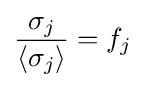
{\frac {\sigma _{j}}{\langle \sigma _{j}\rangle }}=f_{j}